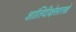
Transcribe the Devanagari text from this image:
शांतिदीक्षेसारखे